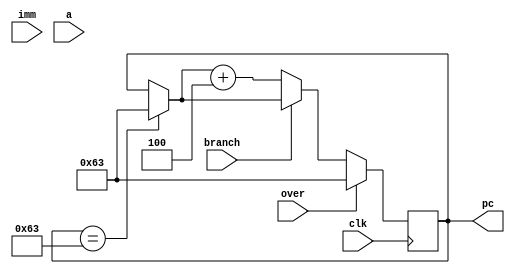
`timescale 1ns / 1ps
//////////////////////////////////////////////////////////////////////////////////
// Company: 
// Engineer: 
// 
// Design Name: 
// Module Name: PC
// Project Name: 
// Target Devices: 
// Tool Versions: 
// Description: 
// 
// Dependencies: 
// 
// Revision:
// Revision 0.01 - File Created
// Additional Comments:
// 
//////////////////////////////////////////////////////////////////////////////////


module PC(
input clk,
input [63:0] imm,
input branch,
input [63:0] a,
//input [6:0] opcode,
input over,
output reg [63:0] pc
);


initial begin
    pc = 1'd0;
end

always @(posedge clk) begin
    if (pc == 7'd99) pc = 7'd99;

    if (over == 1) pc = 7'd99;
    else if(branch == 0) pc = pc+3'b100;
//        else begin
//            if (opcode == 7'b1100111) pc = a+imm;
//            else pc = pc+imm;
//        end

end

endmodule